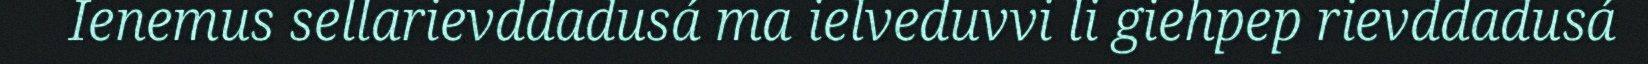
Ienemus sellarievddadusá ma ielveduvvi li giehpep rievddadusá